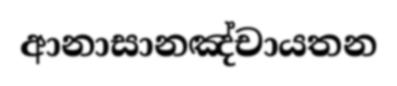
ආනාසානඤ්චායතන